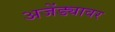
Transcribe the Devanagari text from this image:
अजेंड्यावर